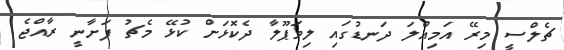
ޗެލްސީ މިރޭ އަމިއްލަ ދަނޑުގައި ލިވަޕޫލާ ދެކޮޅަށް ކުޅޭ މެޗު ފަށާނީ ރާއްޖެ